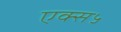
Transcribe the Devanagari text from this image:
एक्स५